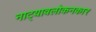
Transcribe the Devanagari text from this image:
नाट्यावलोकनकार